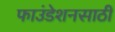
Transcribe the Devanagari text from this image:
फाउंडेशनसाठी